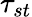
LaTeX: \tau_{st}